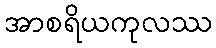
အာစရိယကုလဿ